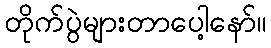
တိုက်ပွဲများတာပေါ့နော်။